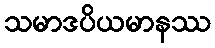
သမာဒပိယမာနဿ